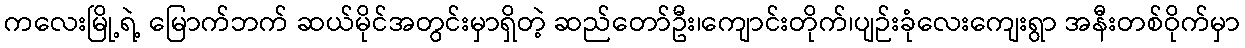
ကလေးမြို့ရဲ့ မြောက်ဘက် ဆယ်မိုင်အတွင်းမှာရှိတဲ့ ဆည်တော်ဦး၊ကျောင်းတိုက်၊ပျဉ်းခုံလေးကျေးရွာ အနီးတစ်ဝိုက်မှာ